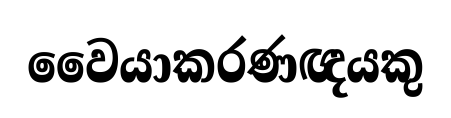
වෛයාකරණඥයකු